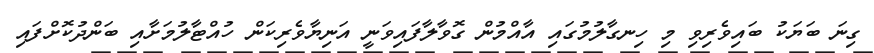
ގިނަ ބަޔަކު ބައިވެރިވި މި ހިނގާލުމުގައި އާއްމުން ގޮވާލާފައިވަނީ އަނިޔާވެރިކަން ހުއްޓާލުމަށާއި ބަންދުކޮށްފައި